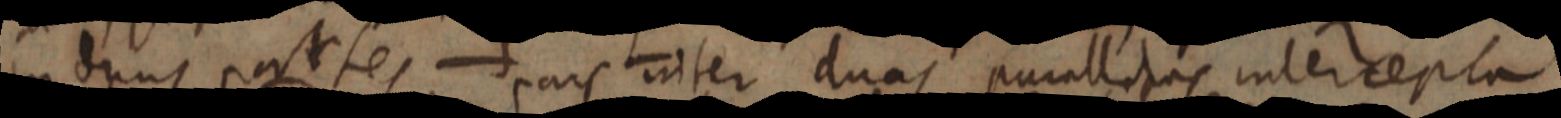
in duas partes pars inter duas parallelas intercepta